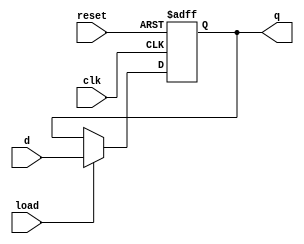
`timescale 1ns / 1ps
/****************************** C E C S  4 4 0 ******************************
 * 
 * Project:    Lab_Assignment_1
 * Designer:   Chanartip Soonthornwan, Jonathan Shihata
 * Rev. No.:   Version 1.0
 * Rev. Date:  Date 9/29/2017
 *
 * Rev. No.:   Version 2.0
 * Rev. Date:  Current Rev. Date 10/10/2017
 *    Notes:   - change port list to be reuseable as 32-bit register module
 *
 * Purpose:    A register to hold 32-bit result until load enable(load)
 *             allows data input(d) to overwritten previous value.
 *         
 * Notes:      This register operates on the active edge of the clock
 *             signal input (clk). If the load enable (load) is HIGH,
 *             the register will hold the new data input instead.
 *
 ****************************************************************************/
 module reg32_w_ld (clk, reset, load, d, q);
 
   input      clk, reset;                // on-board clock, and reset signal
   input            load;                // load enable
   input      [31:0]   d;                // data inputs
   output reg [31:0]   q;                // data outputs
   
   always @ (posedge clk, posedge reset)
      if(reset) q <= 32'b0;   else     // reset
      if(load)  q <=     d;            // assign new value
      else      q <=     q;            // keep previous value

endmodule